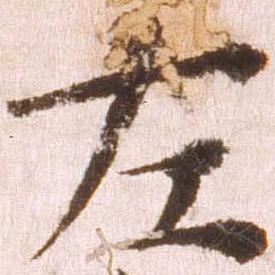
左